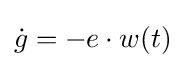
{\dot {g}}=-e\cdot w(t)